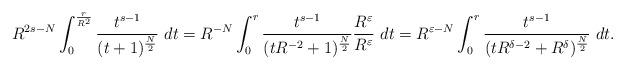
LaTeX: \begin{align*} R^{2s-N}\int_0^{\frac{r}{R^2}}\frac{t^{s-1}}{(t+1)^{\frac{N}{2}}}\ dt=R^{-N}\int_0^{r}\frac{t^{s-1}}{(tR^{-2}+1)^{\frac{N}{2}}}\frac{R^{\varepsilon}}{R^{\varepsilon}}\ dt =R^{\varepsilon-N}\int_0^{r}\frac{t^{s-1}}{(tR^{\delta-2}+R^\delta)^{\frac{N}{2}}}\ dt. \end{align*}